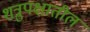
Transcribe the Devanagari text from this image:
शत्रुपक्षातील